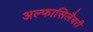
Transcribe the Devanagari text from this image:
अल्फासिलैबरी